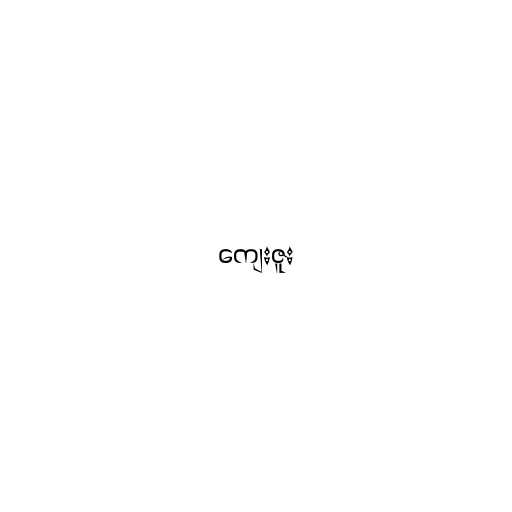
ကျေးဇူး